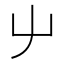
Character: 屮